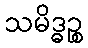
သမိဒ္ဓဉ္စ